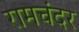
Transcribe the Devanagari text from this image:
रामचंदर